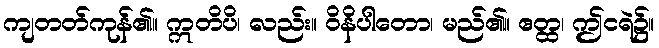
ကျတတ်ကုန်၏။ ဣတိပိ၊ လည်း။ ဝိနိပါတော၊ မည်၏။ ဧတ္ထ၊ ဤငရဲ၌။